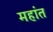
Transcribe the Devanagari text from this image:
महांत